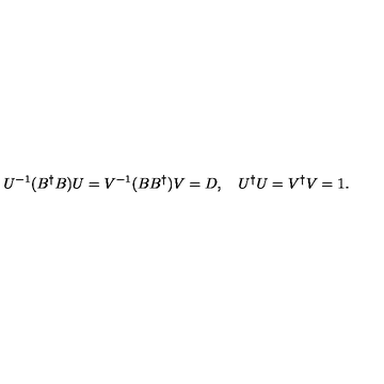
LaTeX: U ^ { - 1 } ( B ^ { \dagger } B ) U = V ^ { - 1 } ( B B ^ { \dagger } ) V = D , \quad U ^ { \dagger } U = V ^ { \dagger } V = 1 .